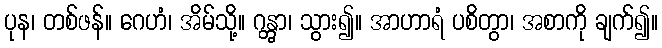
ပုန၊ တစ်ဖန်။ ဂေဟံ၊ အိမ်သို့။ ဂန္တွာ၊ သွား၍။ အာဟာရံ ပစိတွာ၊ အစာကို ချက်၍။